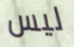
ليس